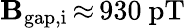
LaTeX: \mathbf{B}_{\mathrm{{gap,i}}}\, {\approx}\, 930~\mathrm{{pT}}